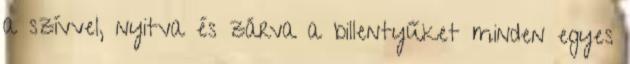
a szívvel, nyitva és zárva a billentyűket minden egyes